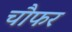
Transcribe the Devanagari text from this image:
चौफर